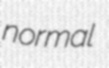
normal